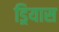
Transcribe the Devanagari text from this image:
ड्रियास